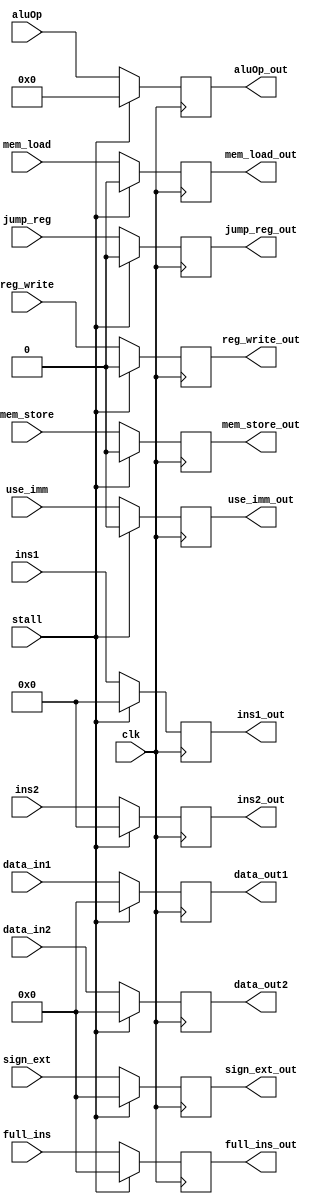
module regfile_pipeline(

	input clk,
	
	input reg_write,
	input jump_reg,
	input use_imm,
	input mem_load,
	
	input [31:0] data_in1,
	input [31:0] data_in2,
	input [31:0] sign_ext,
	input [4:0] ins1,
	input [4:0] ins2,
	input [31:0] full_ins,
	
	input mem_store,
	input [6:0] aluOp,
	input stall,
	
	output reg reg_write_out,
	output reg jump_reg_out,
	output reg use_imm_out,
	output reg mem_load_out,
	
	output reg [31:0] data_out1,
	output reg [31:0] data_out2,
	output reg [31:0] sign_ext_out,
	output reg [4:0] ins1_out,
	output reg [4:0] ins2_out,
	output reg [31:0] full_ins_out,
	
	output reg mem_store_out,
	output reg [6:0] aluOp_out
	
);

always @(posedge clk) begin
	if (stall) begin //If stall is set, insert nop (set everything to 0)
		mem_load_out <= 0;
		data_out1 <= 0;
		data_out2 <= 0;
		sign_ext_out <= 0;
		ins1_out <= 0;
		ins2_out <= 0;
		jump_reg_out <= 0;
		reg_write_out <= 0;
		use_imm_out <= 0;
		full_ins_out <= 0;
		mem_store_out <= 0;
		aluOp_out <= 0;
	end
	else begin
		mem_load_out <= mem_load;
		data_out1 <= data_in1;
		data_out2 <= data_in2;
		sign_ext_out <= sign_ext;
		ins1_out <= ins1;
		ins2_out <= ins2;
		jump_reg_out <= jump_reg;
		reg_write_out <= reg_write;
		use_imm_out <= use_imm;
		full_ins_out <= full_ins;
		mem_store_out <= mem_store;
		aluOp_out <= aluOp;
	end
end

endmodule